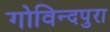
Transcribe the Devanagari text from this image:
गोविन्दपुरा